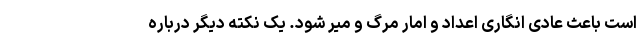
است باعث عادی انگاری اعداد و امار مرگ و میر شود. یک نکته دیگر درباره